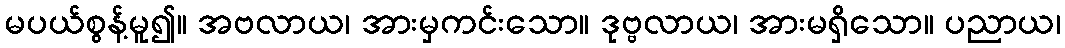
မပယ်စွန့်မူ၍။ အဗလာယ၊ အားမှကင်းသော။ ဒုဗ္ဗလာယ၊ အားမရှိသော။ ပညာယ၊